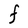
Character: F